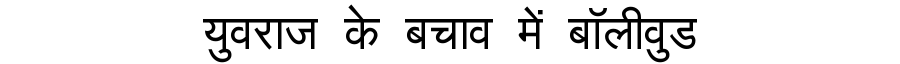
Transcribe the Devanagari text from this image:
युवराज के बचाव में बॉलीवुड